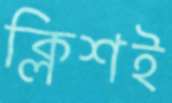
ক্লিশই